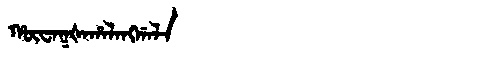
Manchu: ᡥᡡᠸᠠᡴᡧᠠᡥᠠᠯᠠᠩᡤᠠᠯᠠ
Romanization: HŪWAKŠAHALANGGALA